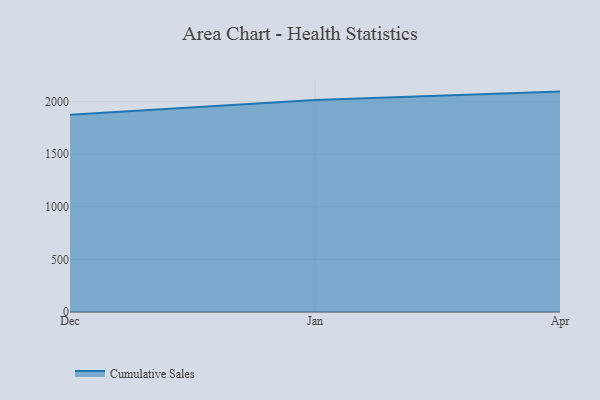
{"axis": {"x": "Month", "y": "Satisfaction Score"}, "legend": ["Cumulative Sales"], "data": [{"x": "Dec", "y": 1876.3, "type": "Cumulative Sales"}, {"x": "Jan", "y": 2015.1, "type": "Cumulative Sales"}, {"x": "Apr", "y": 2095.9, "type": "Cumulative Sales"}]}